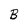
Character: B